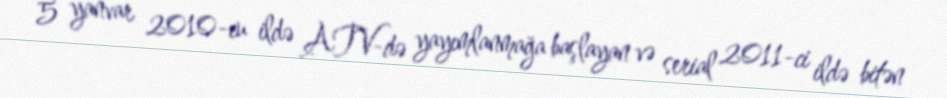
5 yanvar 2010-cu ildə ATV-də yayımlanmağa başlayan və serial 2011-ci ildə bitən